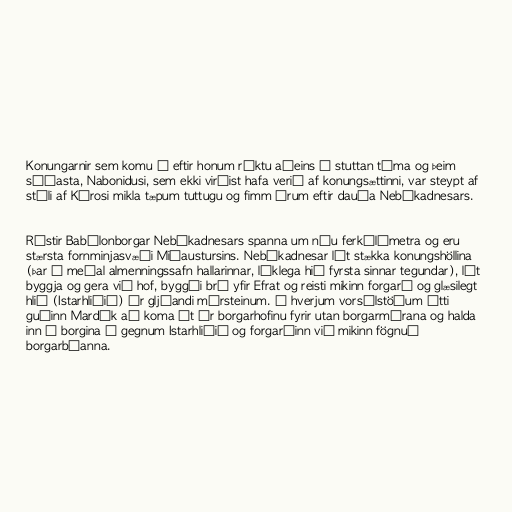
Konungarnir sem komu á eftir honum ríktu aðeins í stuttan tíma og þeim
síðasta, Nabonidusi, sem ekki virðist hafa verið af konungsættinni, var steypt af
stóli af Kýrosi mikla tæpum tuttugu og fimm árum eftir dauða Nebúkadnesars.

Rústir Babýlonborgar Nebúkadnesars spanna um níu ferkílómetra og eru
stærsta fornminjasvæði Miðaustursins. Nebúkadnesar lét stækka konungshöllina
(þar á meðal almenningssafn hallarinnar, líklega hið fyrsta sinnar tegundar), lét
byggja og gera við hof, byggði brú yfir Efrat og reisti mikinn forgarð og glæsilegt
hlið (Istarhliðið) úr gljáandi múrsteinum. Á hverjum vorsólstöðum átti
guðinn Mardúk að koma út úr borgarhofinu fyrir utan borgarmúrana og halda
inn í borgina í gegnum Istarhliðið og forgarðinn við mikinn fögnuð
borgarbúanna.